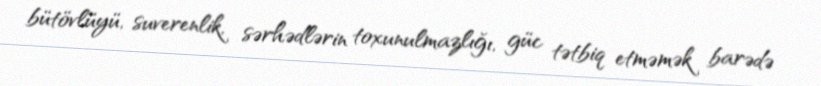
bütövlüyü, suverenlik, sərhədlərin toxunulmazlığı, güc tətbiq etməmək barədə